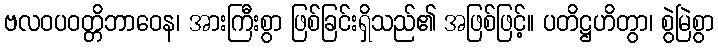
ဗလဝပဝတ္တိဘာဝေန၊ အားကြီးစွာ ဖြစ်ခြင်းရှိသည်၏ အဖြစ်ဖြင့်။ ပတိဋ္ဌဟိတွာ၊ စွဲမြဲစွာ